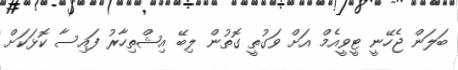
ބަލަން ޖެހޭނީ ޓީވީއެމް އަށް ވަގުތީ ގޮތުން ލިބޭ އިޝްތިހާރު ފައިސާ ކޮޅަކަށް